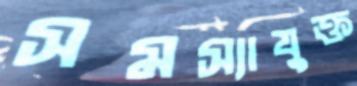
সমস্যাযুক্ত